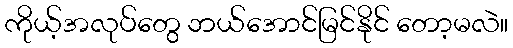
ကိုယ့်အလုပ်တွေ ဘယ်အောင်မြင်နိုင် တော့မလဲ။